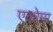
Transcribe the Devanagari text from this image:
एकोमा